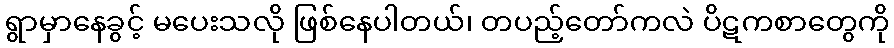
ရွာမှာနေခွင့် မပေးသလို ဖြစ်နေပါတယ်၊ တပည့်တော်ကလဲ ပိဋကစာတွေကို